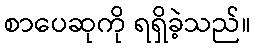
စာပေဆုကို ရရှိခဲ့သည်။